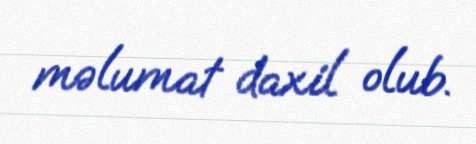
məlumat daxil olub.